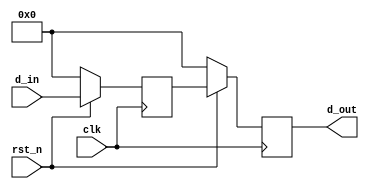
module synchronizer #(parameter WIDTH=3) (input clk, rst_n, input [WIDTH:0] d_in, output reg [WIDTH:0] d_out);
  reg [WIDTH:0] q1;
  always@(posedge clk) begin
    if(!rst_n) begin
      q1 <= 0;
      d_out <= 0;
    end
    else begin
      q1 <= d_in;
      d_out <= q1;
    end
  end
endmodule